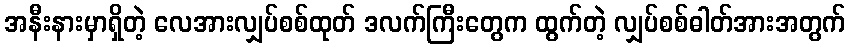
အနီးနားမှာရှိတဲ့ လေအားလျှပ်စစ်ထုတ် ဒလက်ကြီးတွေက ထွက်တဲ့ လျှပ်စစ်ဓါတ်အားအတွက်